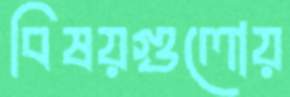
বিষয়গুলোয়